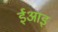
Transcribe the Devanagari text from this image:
ईआइ